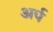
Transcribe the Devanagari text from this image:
अर्प